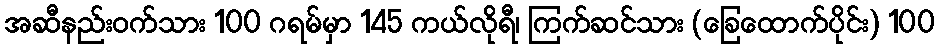
အဆီနည်း၀က်သား 100 ဂရမ်မှာ 145 ကယ်လိုရီ၊ ကြက်ဆင်သား (ခြေထောက်ပိုင်း) 100